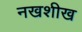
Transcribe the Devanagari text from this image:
नखशीख